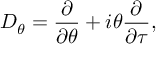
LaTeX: D _ { \theta } = \frac { \partial } { \partial \theta } + i \theta \frac { \partial } { \partial \tau } ,